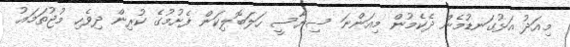
މިއަދު އަޅުގަނޑުމެން ދެކެމުން މިއަންނަ ސިޔާސީ ހަލަބޮލިކަން ފެށުމުގެ ކުރިން ދިވެހި މުޖުތަމަޢު